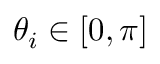
\theta _ { i } \in [ 0 , \pi ]